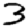
Digit: 3